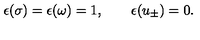
\epsilon ( \sigma ) = \epsilon ( \omega ) = 1 , \qquad \epsilon ( u _ { \pm } ) = 0 .